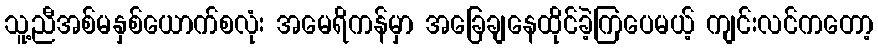
သူ့ညီအစ်မနှစ်ယောက်စလုံး အမေရိကန်မှာ အခြေချနေထိုင်ခဲ့ကြပေမယ့် ကျင်းလင်ကတော့